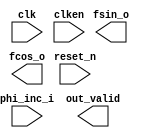

module nco (
	clk,
	clken,
	phi_inc_i,
	fsin_o,
	fcos_o,
	out_valid,
	reset_n);	

	input		clk;
	input		clken;
	input	[31:0]	phi_inc_i;
	output	[11:0]	fsin_o;
	output	[11:0]	fcos_o;
	output		out_valid;
	input		reset_n;
endmodule